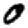
Digit: 0